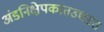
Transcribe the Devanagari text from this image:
अंडनिक्षेपकातउघडत